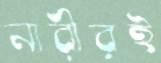
নারীরই